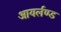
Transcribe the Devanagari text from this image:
आयर्लण्ड